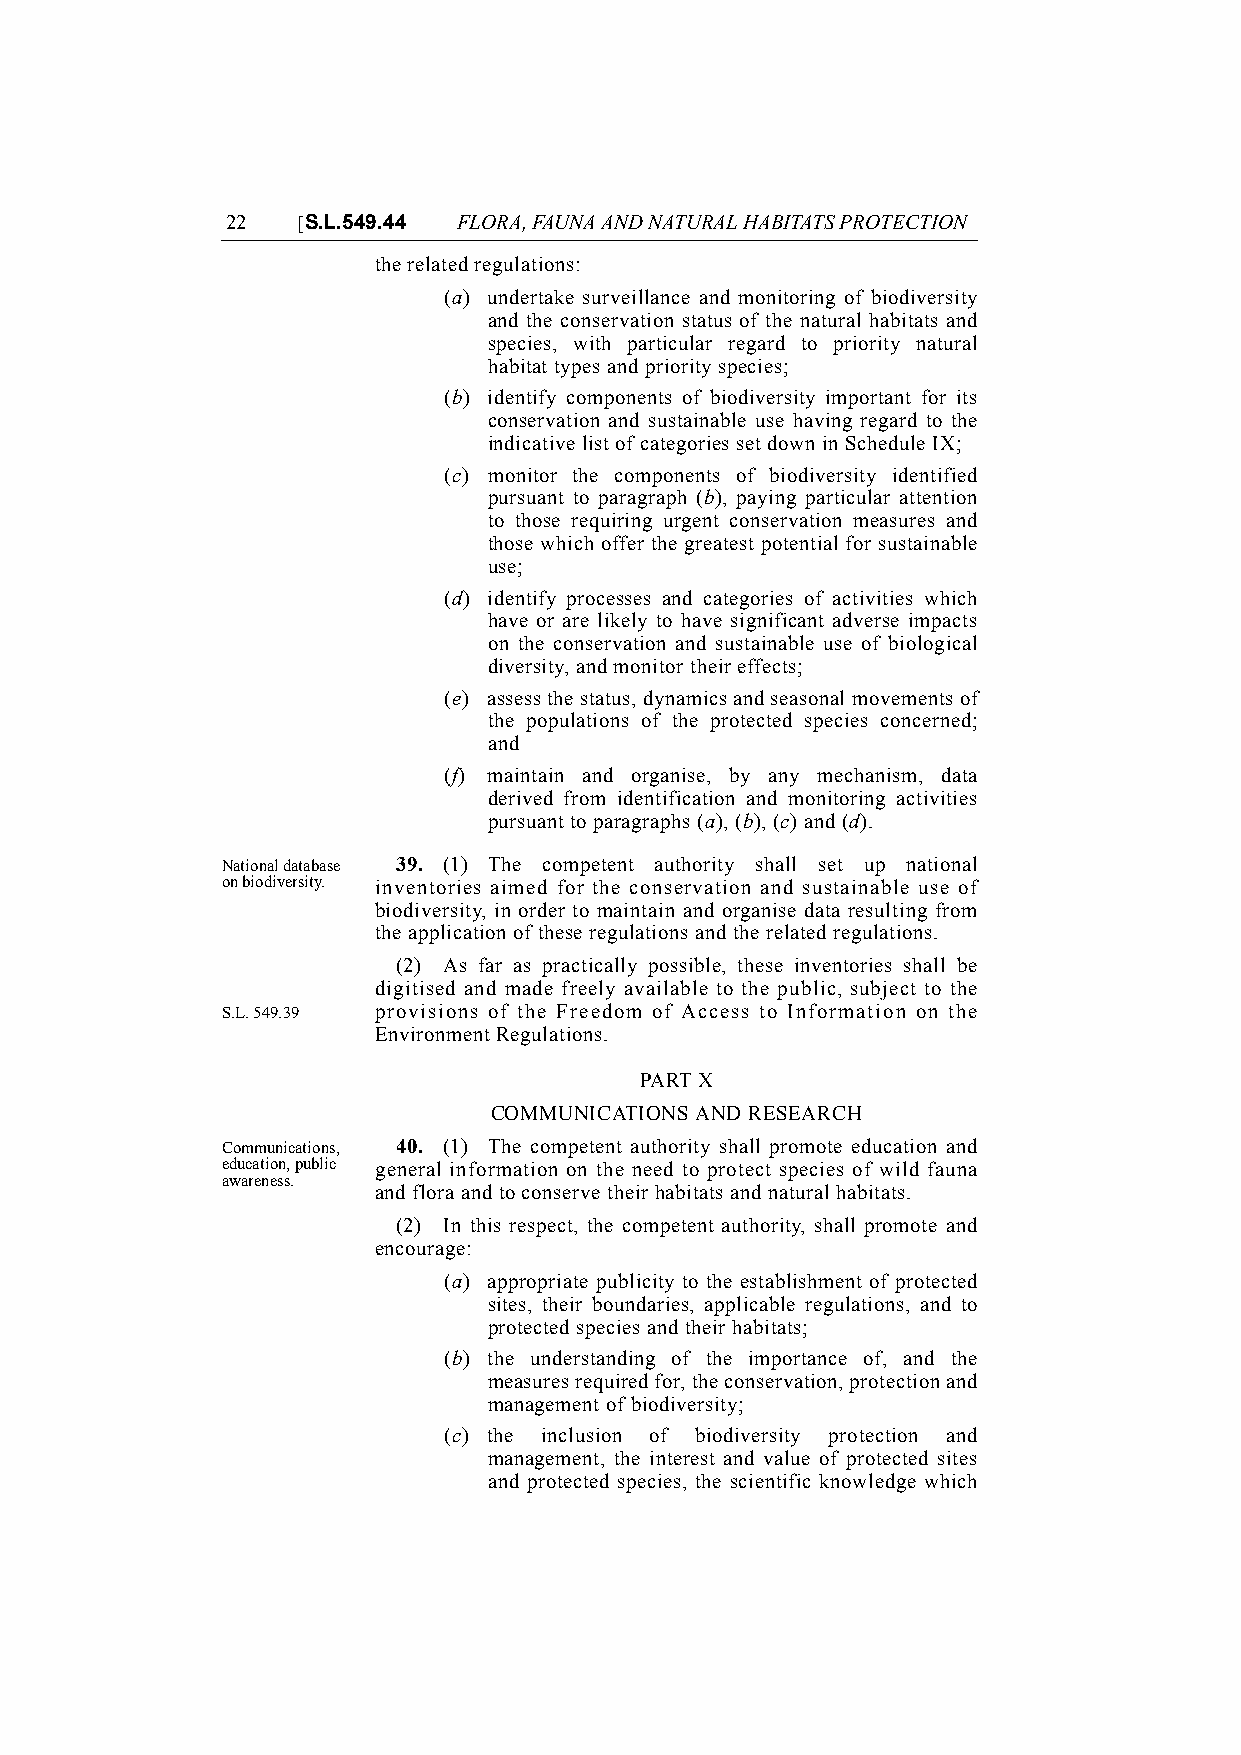
22   [S.L.549.44 FLORA, FAUNA AND NATURAL HABITATS PROTECTION
 the related regulations:
 (a) undertake surveillance and monitoring of biodiversity
 and the conservation status of the natural habitats and
 species, with particular regard to priority natural
 habitat types and priority species;
 (b) identify components of biodiversity important for its
 conservation and sustainable use having regard to the
 indicative list of categories set down in Schedule IX;
 (c) monitor the components of biodiversity identified
 pursuant to paragraph (b), paying particular attention
 to those requiring urgent conservation measures and
 those which offer the greatest potential for sustainable
 use;
 (d) identify processes and categories of activities which
 have or are likely to have significant adverse impacts
 on the conservation and sustainable use of biological
 diversity, and monitor their effects;
 (e) assess the status, dynamics and seasonal movements of
 the populations of the protected species concerned;
 and
 (f) maintain and organise, by any mechanism, data
 derived from identification and monitoring activities
 pursuant to paragraphs (a), (b), (c) and (d).
 National database 39. (1) The competent authority shall set up national
 on biodiversity. inventories aimed for the conservation and sustainable use of
 biodiversity, in order to maintain and organise data resulting from
 the application of these regulations and the related regulations.
 (2) As far as practically possible, these inventories shall be
 digitised and made freely available to the public, subject to the
 S.L. 549.39 provisions of the Freedom of Access to Information on the
 Environment Regulations.
 PART X
 COMMUNICATIONS AND RESEARCH
 Communications, 40. (1) The competent authority shall promote education and
 education, public general information on the need to protect species of wild fauna
 awareness.
 and flora and to conserve their habitats and natural habitats.
 (2) In this respect, the competent authority, shall promote and
 encourage:
 (a) appropriate publicity to the establishment of protected
 sites, their boundaries, applicable regulations, and to
 protected species and their habitats;
 (b) the understanding of the importance of, and the
 measures required for, the conservation, protection and
 management of biodiversity;
 (c) the inclusion of biodiversity protection and
 management, the interest and value of protected sites
 and protected species, the scientific knowledge which